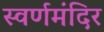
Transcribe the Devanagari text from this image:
स्वर्णमंदिर